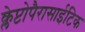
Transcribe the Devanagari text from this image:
क्लेप्टोपैरासाईटिक